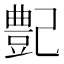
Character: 𪩰